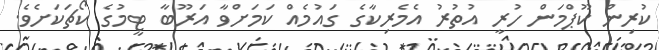
ކުރިން ކޫޕްމަން ހުރީ އުތުރު އެމެރިކާގެ ގައުމެއް ކަމަށްވާ އަރޫބާ ޓީމުގެ ކޯޗަކަށެވެ.